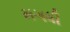
મગધી